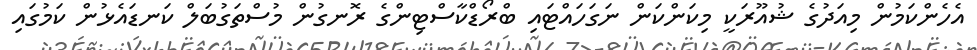
އެހެންކަމުން މިއަދުގެ ޝުއޫރަކީ މިކަންކަން ނަގަހައްޓައި ބްރޯޑްކާސްޓިންގެ ރޮނގުން މުސްތަގުބަލް ކަނޑައެޅުން ކަމުގައި